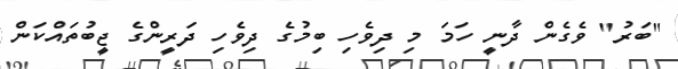
"ބަރު" ވެގެން ދާނީ ހަމަ މި ދިވެހި ބިމުގެ ދިވެހި ދަރީންގެ ޖީބުތައްކަން